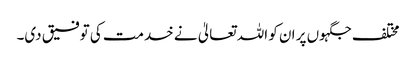
مختلف جگہوں پر ان کو اللہ تعالیٰ نے خدمت کی توفیق دی۔